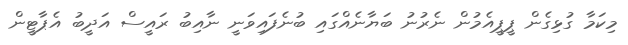
މިކަމާ ގުޅިގެން ޕީޕީއެމުން ނެރުނު ބަޔާނެއްގައި ބުނެފައިވަނީ ނާއިބު ރައީސް އަދީބު އެޕާޓީން